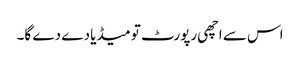
اس سے اچھی رپورٹ تو میڈیا دے دے گا۔